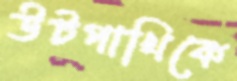
উটপাখিকে